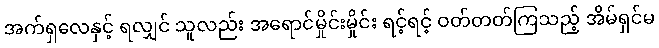
အက်ရှလေနှင့် ရလျှင် သူလည်း အရောင်မှိုင်းမှိုင်း ရင့်ရင့် ဝတ်တတ်ကြသည့် အိမ်ရှင်မ